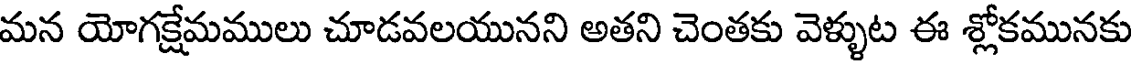
మన యోగక్షేమములు చూడవలయునని అతని చెంతకు వెళ్ళుట ఈ శ్లోకమునకు